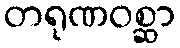
တရုဏဝစ္ဆာ